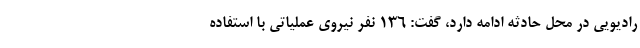
رادیویی در محل حادثه ادامه دارد، گفت: ۱۳۶ نفر نیروی عملیاتی با استفاده